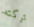
تركته